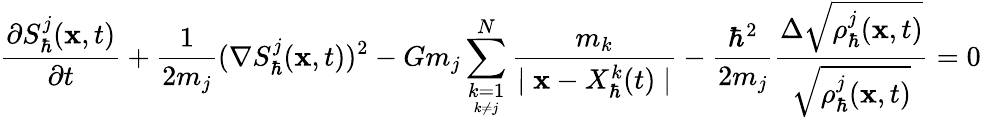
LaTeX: \frac{\partial S_{\hbar}^{j}(\textbf{x},t)}{\partial t}+\frac{1}{2m_{j}}(\nabla S_{\hbar}^{j}(\textbf{x},t))^{2}-Gm_{j}\sum_{\underset{k\neq j}{k=1}}^{N}\frac{m_{k}}{\mid\textbf{x}-X_{\hbar}^{k}(t)\mid}-\frac{\hbar^{2}}{2m_{j}}\frac{\Delta\sqrt{\rho_{\hbar}^{j}(\textbf{x},t)}}{\sqrt{\rho_{\hbar}^{j}(\textbf{x},t)}}=0